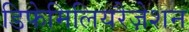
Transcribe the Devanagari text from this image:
डिफेमिलियरैज़ेशन